Leaving Certificate Examination, 1920
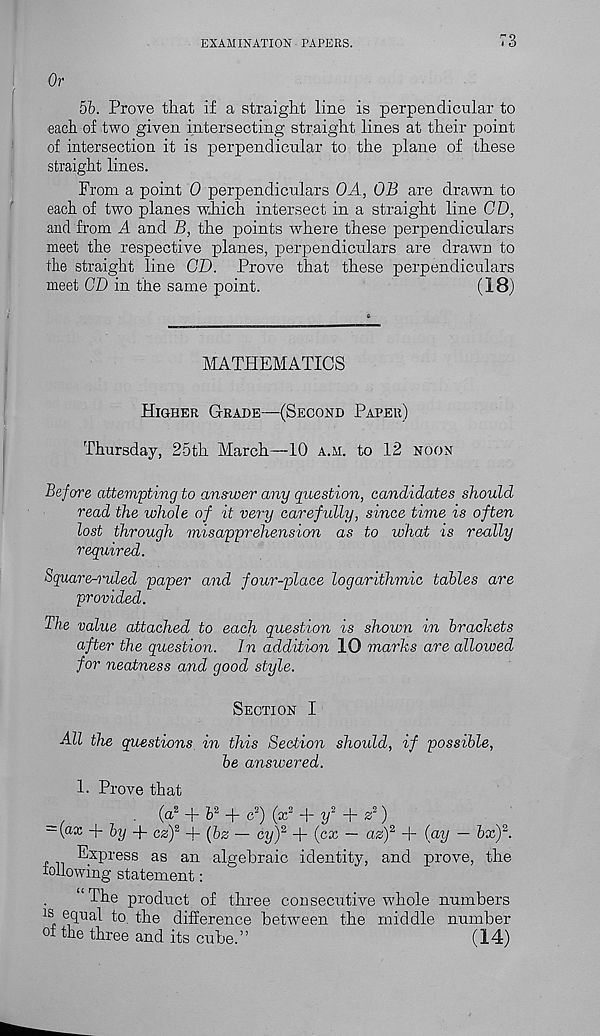
EXAMINATION PAPERS.
73
Or
bb. Prove that if a straight line is perpendicular to
each of two given intersecting straight lines at their point
of intersection it is perpendicular to the plane of these
straight lines.
From a point 0 perpendiculars OA, OB are drawn to
each of two planes which intersect in a straight line CD,
and from A and B, the points where these perpendiculars
meet the respective planes, perpendiculars are drawn to
the straight line CD. Prove that these perpendiculars
meet CD in the same point.
(18)
MATHEMATICS
Higher Grade—(Second Paper)
Thursday, 25th March—10 a.m. to 12 noon
Before attempting to answer any question, candidates should
read the whole of it very carefully, since time is often
lost through misapprehension as to what is really
required.
Square-ruled paper and four-place logarithmic tables are
provided.
The value attached to each question is shown in brackets
after the question. In addition 10 marks are allowed
for neatness and good style.
Section I
All the questions, in this Section should, if possible,
be answered.
1. Prove that
. (a 2 + h 2 + c 2 )(x 2 + 7/ 2 + S
2 )
-(ax + by -\- czf + (bz — cy) 2 + (cx — ag) 2 + (ay — bx) 2 .
Express as an algebraic identity, and prove, the
loilowing statement:
“The product of three consecutive whole numbers
!s equal to, the difference between the middle number
of the three and its cube.”
(14)